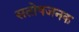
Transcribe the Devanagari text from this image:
सतोषजनक